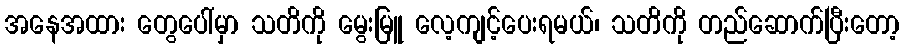
အနေအထား တွေပေါ်မှာ သတိကို မွေးမြူ လေ့ကျင့်ပေးရမယ်၊ သတိကို တည်ဆောက်ပြီးတော့